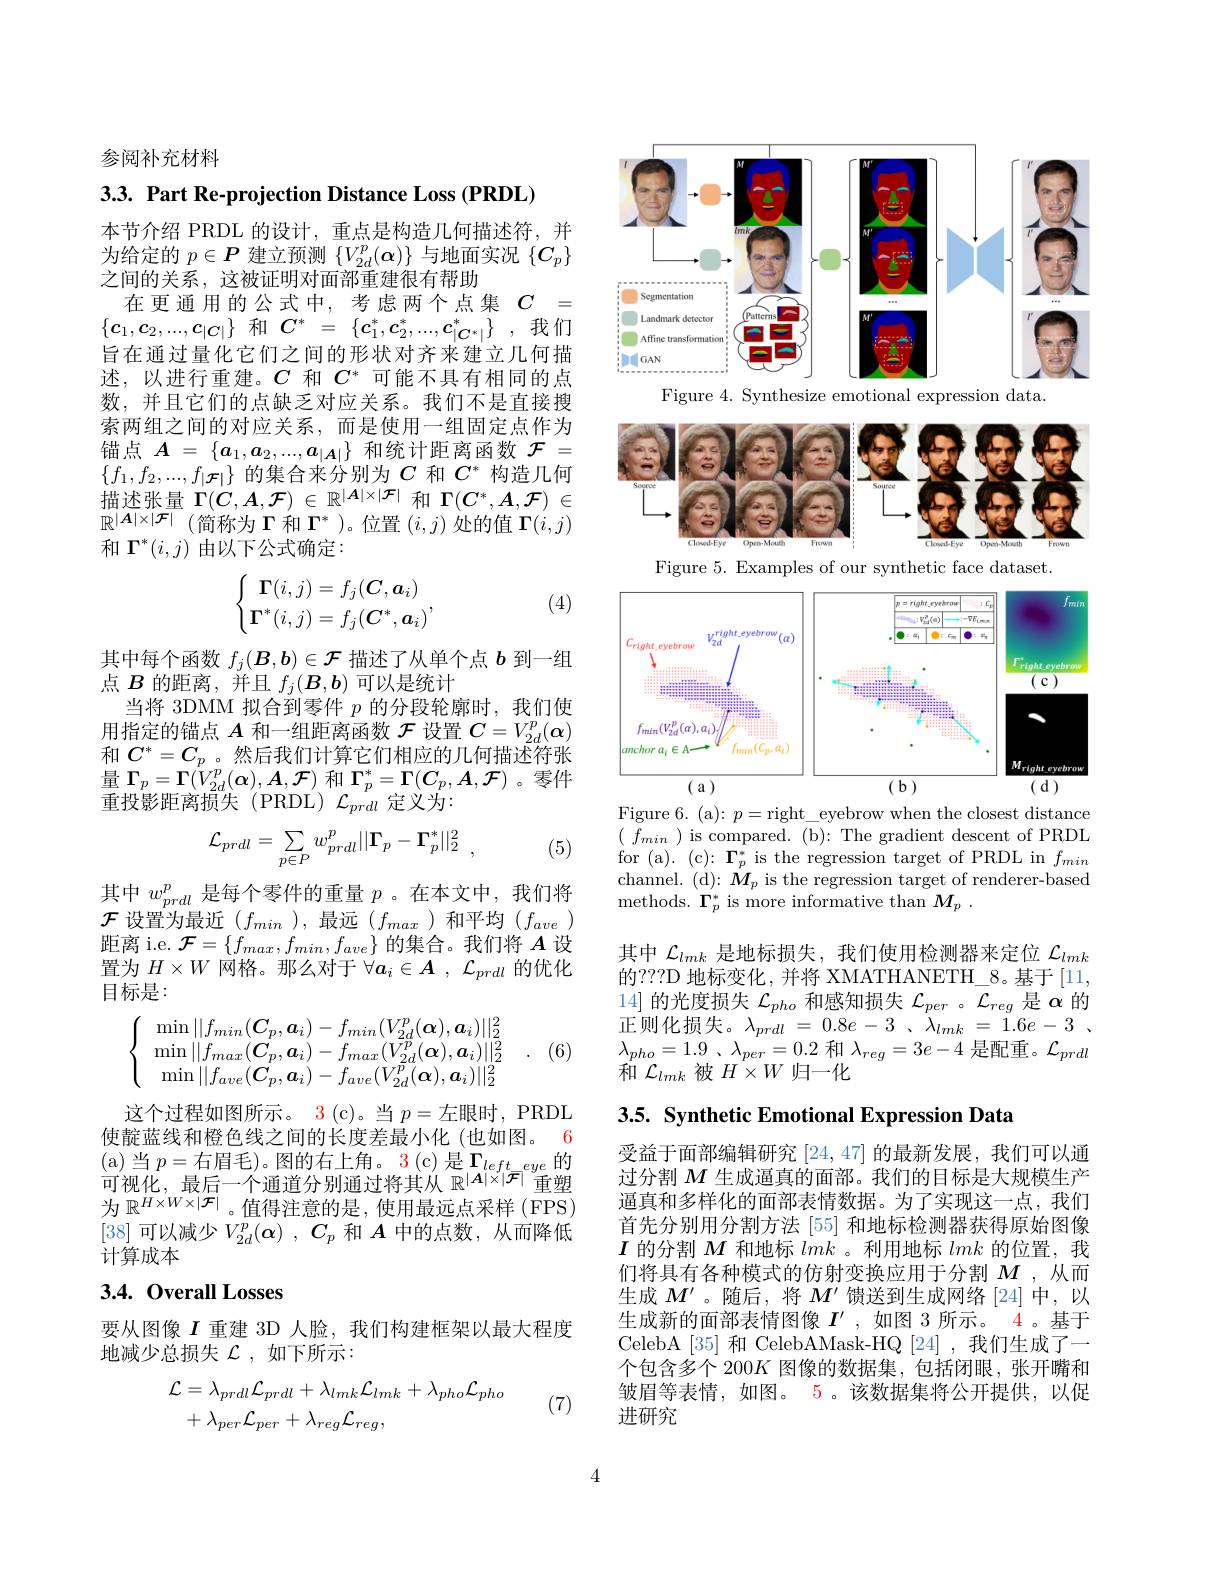
参阅补充材料

3.3. Part Re-projection Distance Loss (PRDL)

在更通用的公式中，考虑两个点集$C=$ $\{\boldsymbol{c}_1,\boldsymbol{c}_2,...,\boldsymbol{c}_{|\boldsymbol{C}|}\}$ 和$\begin{array}{rcl}C^*&=&\{\boldsymbol{c}_1^*,\boldsymbol{c}_2^*,...,\boldsymbol{c}_{|\boldsymbol{C}^*|}^*\}&,\text{我们}\end{array}$

本节介绍 PRDL 的设计，重点是构造几何描述符，并为给定的$p\in P$建立预测$\{V_2d^p(\boldsymbol{\alpha})\}$与地面实况$\{C_p\}$ 之间的关系，这被证明对面部重建很有帮助
旨在通过量化它们之间的形状对齐来建立几何描述，以进行重建。$C$和$C^*$可能不具有相同的点数，并且它们的点缺乏对应关系。我们不是直接搜索两组之间的对应关系，而是使用一组固定点作为锚点$\boldsymbol{A}=\{\boldsymbol{a}_1,\boldsymbol{a}_2,...,\boldsymbol{a}_{|\boldsymbol{A}|}\}$和统计距离函数$\mathcal{F}=$ $\{f_1,f_2,...,f_{|\mathcal{F}|}\}$的集合来分别为$C$和$C^*$构造几何描述张量$\Gamma(C,A,\mathcal{F})\in\mathbb{R}^{|\boldsymbol{A}|\times|\mathcal{F}|}$和$\Gamma(C^*,A,\mathcal{F})\in$ $\mathbb{R} ^{| \boldsymbol{A}| \times | \mathcal{F} | }$ (简称为$\Gamma$和$\Gamma^*$ )。位置 $(i,j)$ 处的值 $\Gamma(i,j)$ 和$\Gamma^*(i,j)$由以下公式确定：

(4)
$$\left\{\begin{matrix}\Gamma(i,j)=f_j(\boldsymbol C,\boldsymbol a_i)\\\boldsymbol\Gamma^*(i,j)=f_j(\boldsymbol C^*,\boldsymbol a_i)\end{matrix}\right.,$$
其中每个函数$f_j(\boldsymbol{B},\boldsymbol{b})\in\mathcal{F}$描述了从单个点$b$到一组
点$B$的距离，并且$f_j(\boldsymbol{B},\boldsymbol{b})$可以是统计
当将 3DMM 拟合到零件$p$的分段轮廓时，我们使用指定的锚点$A$和一组距离函数$\mathcal{F}$设置$C=V_2d^p(\boldsymbol{\alpha})$ 和$C^*=C_p$ 。然后我们计算它们相应的几何描述符张量$\Gamma_p=\Gamma(V_{2d}^p(\boldsymbol{\alpha}),A,\mathcal{F})$和$\Gamma_p^*=\Gamma(C_p,\boldsymbol{A},\mathcal{F})$ 。零件重投影距离损失(PRDL)$\mathcal{L}_prdl$定义为：
$$\mathcal{L}_{prdl}=\sum_{p\in P}w_{prdl}^{p}||\Gamma_{p}-\Gamma_{p}^{*}||_{2}^{2}\:,$$
(5)

其中$w_{prdl}^p$是每个零件的重量$p$ 。在本文中，我们将$\mathcal{F}$设置为最近$(f_min$ ),最远$(f_max$ )和平均$(f_ave)$ 距离 i.e. $\mathcal{F}=\{f_max,f_{min},f_{ave}\}$的集合。我们将$A$设置为$H\times W$网格。那么对于$\forall a_i\in A$ , $\mathcal{L}_prdl$的优化目标是：

. (6)
$$\left\{\begin{array}{c}\min||f_{min}(\boldsymbol C_p,\boldsymbol a_i)-f_{min}(V_{2d}^p(\boldsymbol\alpha),\boldsymbol a_i)||_2^2\\\min||f_{max}(\boldsymbol C_p,\boldsymbol a_i)-f_{max}(V_{2d}^p(\boldsymbol\alpha),\boldsymbol a_i)||_2^2\\\min||f_{ave}(\boldsymbol C_p,\boldsymbol a_i)-f_{ave}(V_{2d}^p(\boldsymbol\alpha),\boldsymbol a_i)||_2^2\end{array}\right.$$
这个过程如图所示。3 (c)。当 $p=$左眼时，PRDL 使靛蓝线和橙色线之间的长度差最小化(也如图。6 ( a) 当 $p=$右眉毛)。图的右上角。3(c)是$\Gamma_left_{eye}$的可视化，最后一个通道分别通过将其从 $\mathbb{R}^{|\boldsymbol{A}|\times|\boldsymbol{F}|}$重塑为$\mathbb{R}^{H\times W\times|\mathcal{F}|}$。值得注意的是，使用最远点采样(FPS) [38]可以减少$V_2d^p( \boldsymbol{\alpha })$ , $C_p$和$A$中的点数，从而降低计算成本

# 3.4. Overall Losses

要从图像$I$重建 3D 人脸，我们构建框架以最大程度
地减少总损失$\mathcal{L}$,如下所示：
$$\begin{aligned}\mathcal{L}&=\lambda_{prdl}\mathcal{L}_{prdl}+\lambda_{lmk}\mathcal{L}_{lmk}+\lambda_{pho}\mathcal{L}_{pho}\\&+\lambda_{per}\mathcal{L}_{per}+\lambda_{reg}\mathcal{L}_{reg},\end{aligned}$$
(7)

<FigureHere>
Figure 4. Synthesize emotional expression data.

<FigureHere>

Figure 5. Examples of our synthetic face dataset.

<FigureHere>

Figure 6. (a): $p=$right\_eyebrow when the closest distance $(\begin{array}{cc}f_{min}\end{array})$ is compared. (b): The gradient descent of PRDL for (a). (c): $\Gamma_{p}^{*}$ is the regression target of PRDL in $f_{min}$ channel. (d): $\hat{M}_p$ is the regression target of renderer-based methods. $\Gamma_p^*$ is more informative than $M_p$ .

其中$\mathcal{L}_lmk$是地标损失，我们使用检测器来定位$\mathcal{L}_lmk$ 的？??D 地标变化，并将 XMATHANETH\_8。基于[11, 14]的光度损失$\mathcal{L}_pho$和感知损失$\mathcal{L}_per$ 。$\mathcal{L}_reg$是$\alpha$的$\bar {\text{正 则 化 损 失 。}\lambda _{prdl}}$ = $0. 8e$ - 3 , $\lambda _{lmk}$ = $1. 6e$ - 3 , $\lambda _{pho}= 1. 9$ , $\lambda _{per}= 0. 2$ 和$\lambda _{reg}= 3e- 4$ 是配重。$\mathcal{L}_prdl$ 和$\mathcal{L}_{lmk}$被$H\times W$归一化

3.5. Synthetic Emotional Expression Data

受益于面部编辑研究[24,47]的最新发展，我们可以通过分割$M$生成逼真的面部。我们的目标是大规模生产逼真和多样化的面部表情数据。为了实现这一点，我们首先分别用分割方法 [55] 和地标检测器获得原始图像$I$的分割$M$和地标lmk 。利用地标lmk的位置，我们将具有各种模式的仿射变换应用于分割$M$ ,从而生成$M^{\prime}$ 。随后，将$M^\prime$馈送到生成网络[24]中，以生成新的面部表情图像$I^{\prime}$ ,如图 3 所示。4。基于CelebA [35] 和 CelebAMask-HQ [24] ,我们生成了一个包含多个 200$K$图像的数据集，包括闭眼，张开嘴和皱眉等表情，如图。5。该数据集将公开提供，以促进研究

4